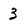
Character: 3